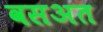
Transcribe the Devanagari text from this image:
वसअत